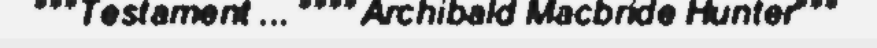
"""Testament ... """"Archibald Macbride Hunter"""